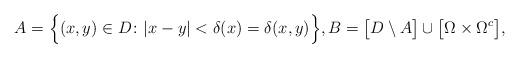
LaTeX: \begin{align*}A = \Big\{ (x,y) \in D \colon |x-y| < \delta(x) = \delta(x,y) \Big\},B = \big[ D \setminus A \big] \cup \big[ \Omega \times \Omega^c \big],\end{align*}